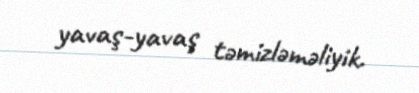
yavaş-yavaş təmizləməliyik.